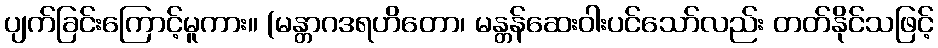
ပျက်ခြင်းကြောင့်မူကား။ (မန္တာဂဒရဟိတော၊ မန္တန်ဆေးဝါးပင်သော်လည်း တတ်နိုင်သဖြင့်